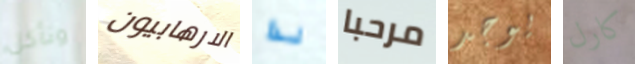
ونأكل الارهابيون لذا مرحبا يوجد كارل